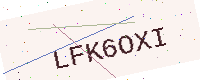
Text: LFK6OXI